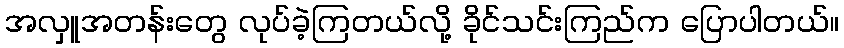
အလှူအတန်းတွေ လုပ်ခဲ့ကြတယ်လို့ ခိုင်သင်းကြည်က ပြောပါတယ်။